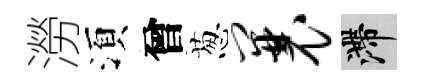
澇湏曾葱曩滯